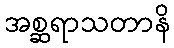
အစ္ဆရာသတာနိ